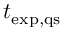
t _ { \mathrm { e x p , q s } }